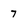
Character: 7